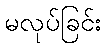
မလုပ်ခြင်း